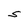
Character: S